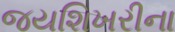
જયશિખરીના